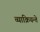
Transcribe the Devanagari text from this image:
व्याक्रियन्ते